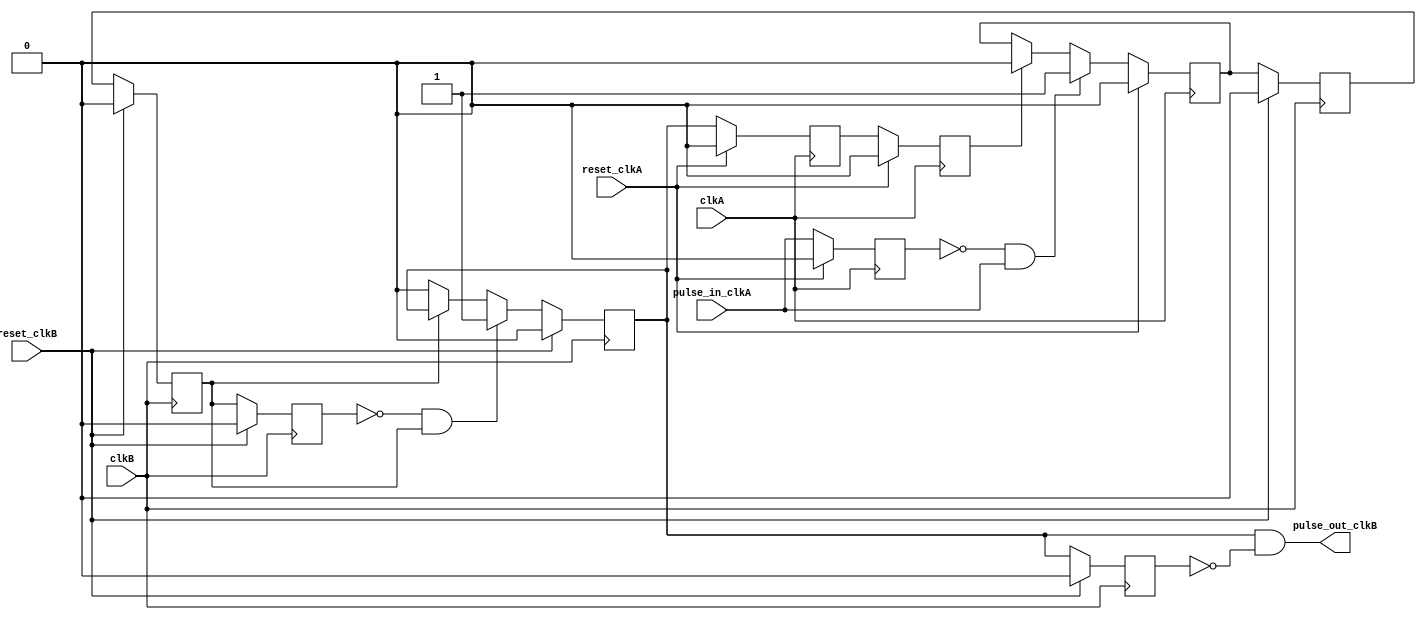
// ============================================================================
// Copyright (c) 2010  
// ============================================================================
//
// Permission:
//
//   
//
// Disclaimer:
//
//   This VHDL/Verilog or C/C++ source code is intended as a design reference
//   which illustrates how these types of functions can be implemented.
//   It is the user's responsibility to verify their design for
//   consistency and functionality through the use of formal
//   verification methods.  
// ============================================================================
//           
//                     ReConfigurable Computing Group
//
//                     web: http://www.ecs.umass.edu/ece/tessier/rcg/
//                    
//
// ============================================================================
// Major Functions/Design Description:
//
//   
//
// ============================================================================
// Revision History:
// ============================================================================
//   Ver.: |Author:   |Mod. Date:    |Changes Made:
//   V1.0  |RCG       |05/10/2011    |
// ============================================================================
//include "NF_2.1_defines.v"
//include "registers.v"
//include "reg_defines_reference_router.v"
  module pulse_synchronizer
    ( input pulse_in_clkA,
      input clkA,
      output pulse_out_clkB,
      input clkB,
      input reset_clkA,
      input reset_clkB
      );

   reg 	    ackA;
   reg 	    ackB;

   reg 	    ackA_synch;
   reg 	    ackA_clkB;
   reg 	    ackB_synch;
   reg 	    ackB_clkA;

   reg 	    pulse_in_clkA_d1;
   reg 	    ackA_clkB_d1;
   reg 	    ackB_d1;

   /* detect rising edges in clkA domain, set the ackA signal
    * until the pulse is acked from the other domain */
   always @(posedge clkA) begin
      if(reset_clkA) begin
	 ackA <= 0;
      end
      else if(!pulse_in_clkA_d1 & pulse_in_clkA) begin
	 ackA <= 1;
      end
      else if(ackB_clkA) begin
	 ackA <= 0;
      end
   end // always @ (posedge clkA)

   /* detect the rising edge of ackA and set ackB until ackA falls */
   always @(posedge clkB) begin
      if(reset_clkB) begin
	 ackB <= 0;
      end
      else if(!ackA_clkB_d1 & ackA_clkB) begin
	 ackB <= 1;
      end
      else if(!ackA_clkB) begin
	 ackB <= 0;
      end
   end // always @ (posedge clkB)

   /* detect rising edge of ackB and send pulse */
   assign pulse_out_clkB = ackB & !ackB_d1;

   /* synchronize the ack signals */
   always @(posedge clkA) begin
      if(reset_clkA) begin
	 pulse_in_clkA_d1 <= 0;
	 ackB_synch <= 0;
	 ackB_clkA <= 0;
      end
      else begin
	 pulse_in_clkA_d1 <= pulse_in_clkA;
	 ackB_synch <= ackB;
	 ackB_clkA <= ackB_synch;
      end
   end

   /* synchronize the ack signals */
   always @(posedge clkB) begin
      if(reset_clkB) begin
	 ackB_d1 <= 0;
	 ackA_synch <= 0;
	 ackA_clkB <= 0;
	 ackA_clkB_d1 <= 0;
      end
      else begin
	 ackB_d1 <= ackB;
	 ackA_synch <= ackA;
	 ackA_clkB <= ackA_synch;
	 ackA_clkB_d1 <= ackA_clkB;
      end
   end

endmodule // pulse_synchronizer